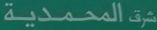
شركةالمحمدية